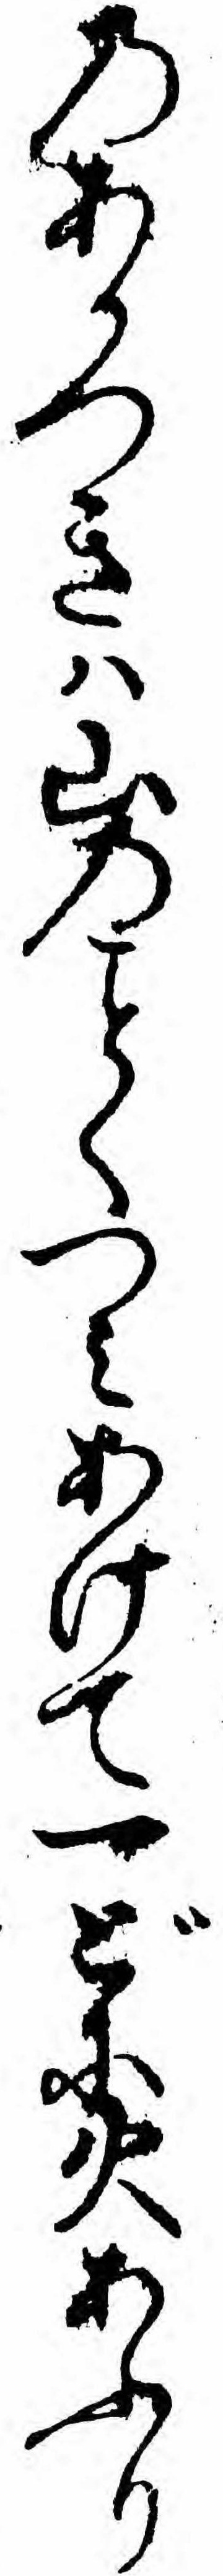
のあかつきハ山のくつミあけて一どに火あふり